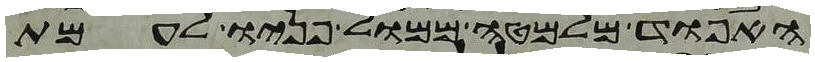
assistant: האפוד מלמטה ממול פניו לעמת